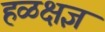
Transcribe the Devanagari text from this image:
हळक्षज्ञ